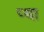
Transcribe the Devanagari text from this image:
प्था